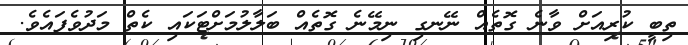
ތިބީ ކުރިއަށް ވާނެ ގޮތެއް ނޭނގި ނިމޭނެ ގޮތެއް ބަލާލުމަށްޓަކައި ކެތް މަދުވެފައެވެ.